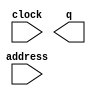
// megafunction wizard: %ROM: 1-PORT%VBB%
// GENERATION: STANDARD
// VERSION: WM1.0
// MODULE: altsyncram 

// ============================================================
// Megafunction Name(s):
// 			altsyncram
//
// Simulation Library Files(s):
// 			altera_mf
// ============================================================
// ************************************************************
// THIS IS A WIZARD-GENERATED FILE. DO NOT EDIT THIS FILE!
//
// 16.0.0 Build 211 04/27/2016 SJ Standard Edition
// ************************************************************

//Copyright (C) 1991-2016 Altera Corporation. All rights reserved.
//Your use of Altera Corporation's design tools, logic functions 
//and other software and tools, and its AMPP partner logic 
//functions, and any output files from any of the foregoing 
//(including device programming or simulation files), and any 
//associated documentation or information are expressly subject 
//to the terms and conditions of the Altera Program License 
//Subscription Agreement, the Altera Quartus Prime License Agreement,
//the Altera MegaCore Function License Agreement, or other 
//applicable license agreement, including, without limitation, 
//that your use is for the sole purpose of programming logic 
//devices manufactured by Altera and sold by Altera or its 
//authorized distributors.  Please refer to the applicable 
//agreement for further details.

module Choose2 (
	address,
	clock,
	q);

	input	[14:0]  address;
	input	  clock;
	output	[2:0]  q;
`ifndef ALTERA_RESERVED_QIS
// synopsys translate_off
`endif
	tri1	  clock;
`ifndef ALTERA_RESERVED_QIS
// synopsys translate_on
`endif

endmodule

// ============================================================
// CNX file retrieval info
// ============================================================
// Retrieval info: PRIVATE: ADDRESSSTALL_A NUMERIC "0"
// Retrieval info: PRIVATE: AclrAddr NUMERIC "0"
// Retrieval info: PRIVATE: AclrByte NUMERIC "0"
// Retrieval info: PRIVATE: AclrOutput NUMERIC "0"
// Retrieval info: PRIVATE: BYTE_ENABLE NUMERIC "0"
// Retrieval info: PRIVATE: BYTE_SIZE NUMERIC "8"
// Retrieval info: PRIVATE: BlankMemory NUMERIC "0"
// Retrieval info: PRIVATE: CLOCK_ENABLE_INPUT_A NUMERIC "0"
// Retrieval info: PRIVATE: CLOCK_ENABLE_OUTPUT_A NUMERIC "0"
// Retrieval info: PRIVATE: Clken NUMERIC "0"
// Retrieval info: PRIVATE: IMPLEMENT_IN_LES NUMERIC "0"
// Retrieval info: PRIVATE: INIT_FILE_LAYOUT STRING "PORT_A"
// Retrieval info: PRIVATE: INIT_TO_SIM_X NUMERIC "0"
// Retrieval info: PRIVATE: INTENDED_DEVICE_FAMILY STRING "Cyclone V"
// Retrieval info: PRIVATE: JTAG_ENABLED NUMERIC "0"
// Retrieval info: PRIVATE: JTAG_ID STRING "NONE"
// Retrieval info: PRIVATE: MAXIMUM_DEPTH NUMERIC "0"
// Retrieval info: PRIVATE: MIFfilename STRING "./MIF/Choose Screen/ChooseScreen2.mif"
// Retrieval info: PRIVATE: NUMWORDS_A NUMERIC "32768"
// Retrieval info: PRIVATE: RAM_BLOCK_TYPE NUMERIC "0"
// Retrieval info: PRIVATE: RegAddr NUMERIC "1"
// Retrieval info: PRIVATE: RegOutput NUMERIC "0"
// Retrieval info: PRIVATE: SYNTH_WRAPPER_GEN_POSTFIX STRING "0"
// Retrieval info: PRIVATE: SingleClock NUMERIC "1"
// Retrieval info: PRIVATE: UseDQRAM NUMERIC "0"
// Retrieval info: PRIVATE: WidthAddr NUMERIC "15"
// Retrieval info: PRIVATE: WidthData NUMERIC "3"
// Retrieval info: PRIVATE: rden NUMERIC "0"
// Retrieval info: LIBRARY: altera_mf altera_mf.altera_mf_components.all
// Retrieval info: CONSTANT: ADDRESS_ACLR_A STRING "NONE"
// Retrieval info: CONSTANT: CLOCK_ENABLE_INPUT_A STRING "BYPASS"
// Retrieval info: CONSTANT: CLOCK_ENABLE_OUTPUT_A STRING "BYPASS"
// Retrieval info: CONSTANT: INIT_FILE STRING "./MIF/Choose Screen/ChooseScreen2.mif"
// Retrieval info: CONSTANT: INTENDED_DEVICE_FAMILY STRING "Cyclone V"
// Retrieval info: CONSTANT: LPM_HINT STRING "ENABLE_RUNTIME_MOD=NO"
// Retrieval info: CONSTANT: LPM_TYPE STRING "altsyncram"
// Retrieval info: CONSTANT: NUMWORDS_A NUMERIC "32768"
// Retrieval info: CONSTANT: OPERATION_MODE STRING "ROM"
// Retrieval info: CONSTANT: OUTDATA_ACLR_A STRING "NONE"
// Retrieval info: CONSTANT: OUTDATA_REG_A STRING "UNREGISTERED"
// Retrieval info: CONSTANT: WIDTHAD_A NUMERIC "15"
// Retrieval info: CONSTANT: WIDTH_A NUMERIC "3"
// Retrieval info: CONSTANT: WIDTH_BYTEENA_A NUMERIC "1"
// Retrieval info: USED_PORT: address 0 0 15 0 INPUT NODEFVAL "address[14..0]"
// Retrieval info: USED_PORT: clock 0 0 0 0 INPUT VCC "clock"
// Retrieval info: USED_PORT: q 0 0 3 0 OUTPUT NODEFVAL "q[2..0]"
// Retrieval info: CONNECT: @address_a 0 0 15 0 address 0 0 15 0
// Retrieval info: CONNECT: @clock0 0 0 0 0 clock 0 0 0 0
// Retrieval info: CONNECT: q 0 0 3 0 @q_a 0 0 3 0
// Retrieval info: GEN_FILE: TYPE_NORMAL Choose2.v TRUE
// Retrieval info: GEN_FILE: TYPE_NORMAL Choose2.inc FALSE
// Retrieval info: GEN_FILE: TYPE_NORMAL Choose2.cmp FALSE
// Retrieval info: GEN_FILE: TYPE_NORMAL Choose2.bsf FALSE
// Retrieval info: GEN_FILE: TYPE_NORMAL Choose2_inst.v FALSE
// Retrieval info: GEN_FILE: TYPE_NORMAL Choose2_bb.v TRUE
// Retrieval info: LIB_FILE: altera_mf